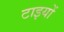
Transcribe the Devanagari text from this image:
टाइयों